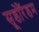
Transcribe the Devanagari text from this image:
सूडोरैंडम